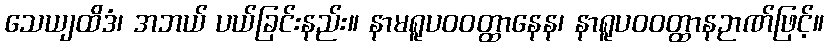
သေယျထိဒံ၊ အဘယ် ပယ်ခြင်းနည်း။ နာမရူပဝဝတ္ထာနေန၊ နာရူပဝဝတ္ထာနဉာဏ်ဖြင့်။